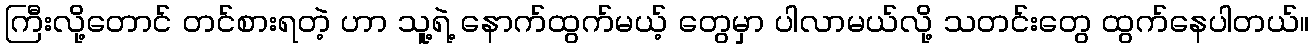
ကြီးလို့တောင် တင်စားရတဲ့ ဟာ သူ့ရဲ့ နောက်ထွက်မယ့် တွေမှာ ပါလာမယ်လို့ သတင်းတွေ ထွက်နေပါတယ်။